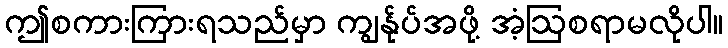
ဤစကားကြားရသည်မှာ ကျွန်ုပ်အဖို့ အံ့ဩစရာမလိုပါ။